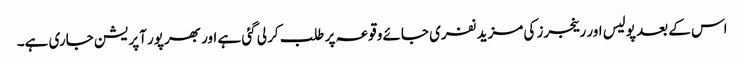
اس کے بعد پولیس اور رینجرز کی مزید نفری جائے وقوعہ پر طلب کر لی گئی ہے اور بھرپور آپریشن جاری ہے۔